Indian journal of veterinary science and animal husbandry - Volume 9,
Year: 1939
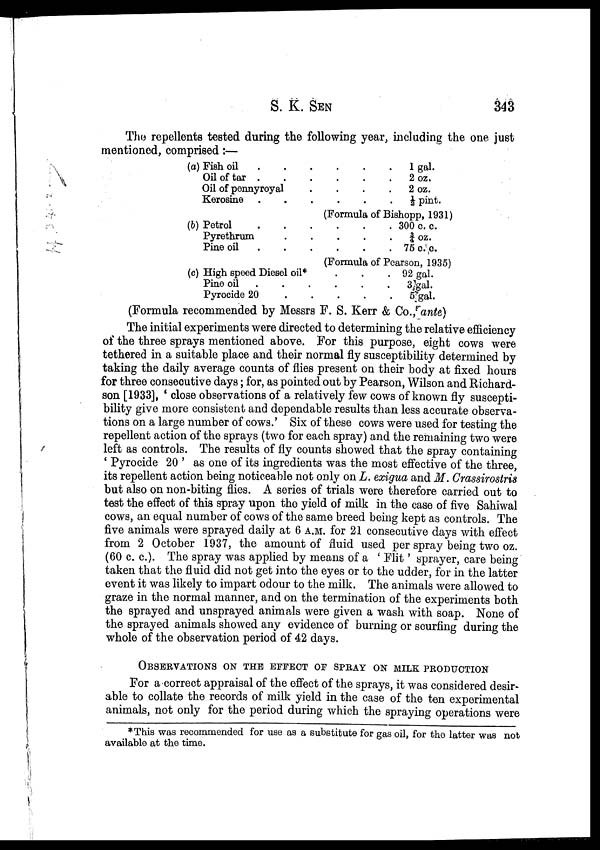
S. K.
SEN
343
The repellents tested during the following year, including the one just
mentioned, comprised:—
(a) Fish oil . . .
Oil of tar . . .
Oil of pennyroyal . . .
Kerosine . . .
(b) Petrol . . .
Pyrethrum . . .
Pine oil . . .
(c) High speed Diesel oil*
Pine oil . . .
Pyrocide 20 . . .
.
.
.
.
.
.
.
.
.
.
.
.
1 gal.
2 oz.
2 oz.
½ pint.
(Formula of Bishopp, 1931)
.
.
.
.
.
.
.
.
.
300 c. c.
¾ oz.
75 c.c.
(Formula of Pearson, 1935)
.
.
.
.
.
.
.
.
92 gal.
3 gal.
5 gal.
(Formula recommended by Messrs F. S. Kerr & Co., ante)
The initial experiments were directed to determining the relative efficiency
of the three sprays mentioned above. For this purpose, eight cows were
tethered in a suitable place and their normal fly susceptibility determined by
taking the daily average counts of flies present on their body at fixed hours
for three consecutive days; for, as pointed out by Pearson, Wilson and Richard-
son [1933], ' close observations of a relatively few cows of known fly suscepti-
bility give more consistent and dependable results than less accurate observa-
tions on a large number of cows.' Six of these cows were used for testing the
repellent action of the sprays (two for each spray) and the remaining two were
left as controls. The results of fly counts showed that the spray containing
' Pyrocide 20 ' as one of its ingredients was the most effective of the three,
its repellent action being noticeable not only on L. exigua and M. Crassirostris
but also on non-biting flies. A series of trials were therefore carried out to
test the effect of this spray upon the yield of milk in the case of five Sahiwal
cows, an equal number of cows of the same breed being kept as controls. The
five animals were sprayed daily at 6 A.M. for 21 consecutive days with effect
from 2 October 1937, the amount of fluid used per spray being two oz.
(60 c. c.). The spray was applied by means of a ' Flit' sprayer, care being
taken that the fluid did not get into the eyes or to the udder, for in the latter
event it was likely to impart odour to the milk. The animals were allowed to
graze in the normal manner, and on the termination of the experiments both
the sprayed and unsprayed animals were given a wash with soap. None of
the sprayed animals showed any evidence of burning or scurfing during the
whole of the observation period of 42 days.
OBSERVATIONS ON THE EFFECT OF SPRAY ON MILK PRODUCTION
For a correct appraisal of the effect of the sprays, it was considered desir-
able to collate the records of milk yield in the case of the ten experimental
animals, not only for the period during which the spraying operations were
*This was recommended for use as a substitute for gas oil, for the latter was not
available at the time.